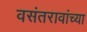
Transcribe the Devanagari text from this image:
वसंतरावांच्‍या